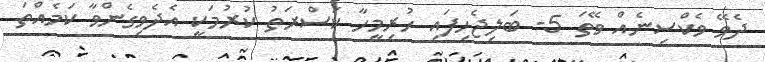
ދެވޭ ވެކްސިނެއް ވޭތަ 5- ބަލިޖެހިފައި ހުރިމީހާ ކަސްރަތު ކުރުމަކީ އެދެވިގެންވާ ކަމެއްތަ